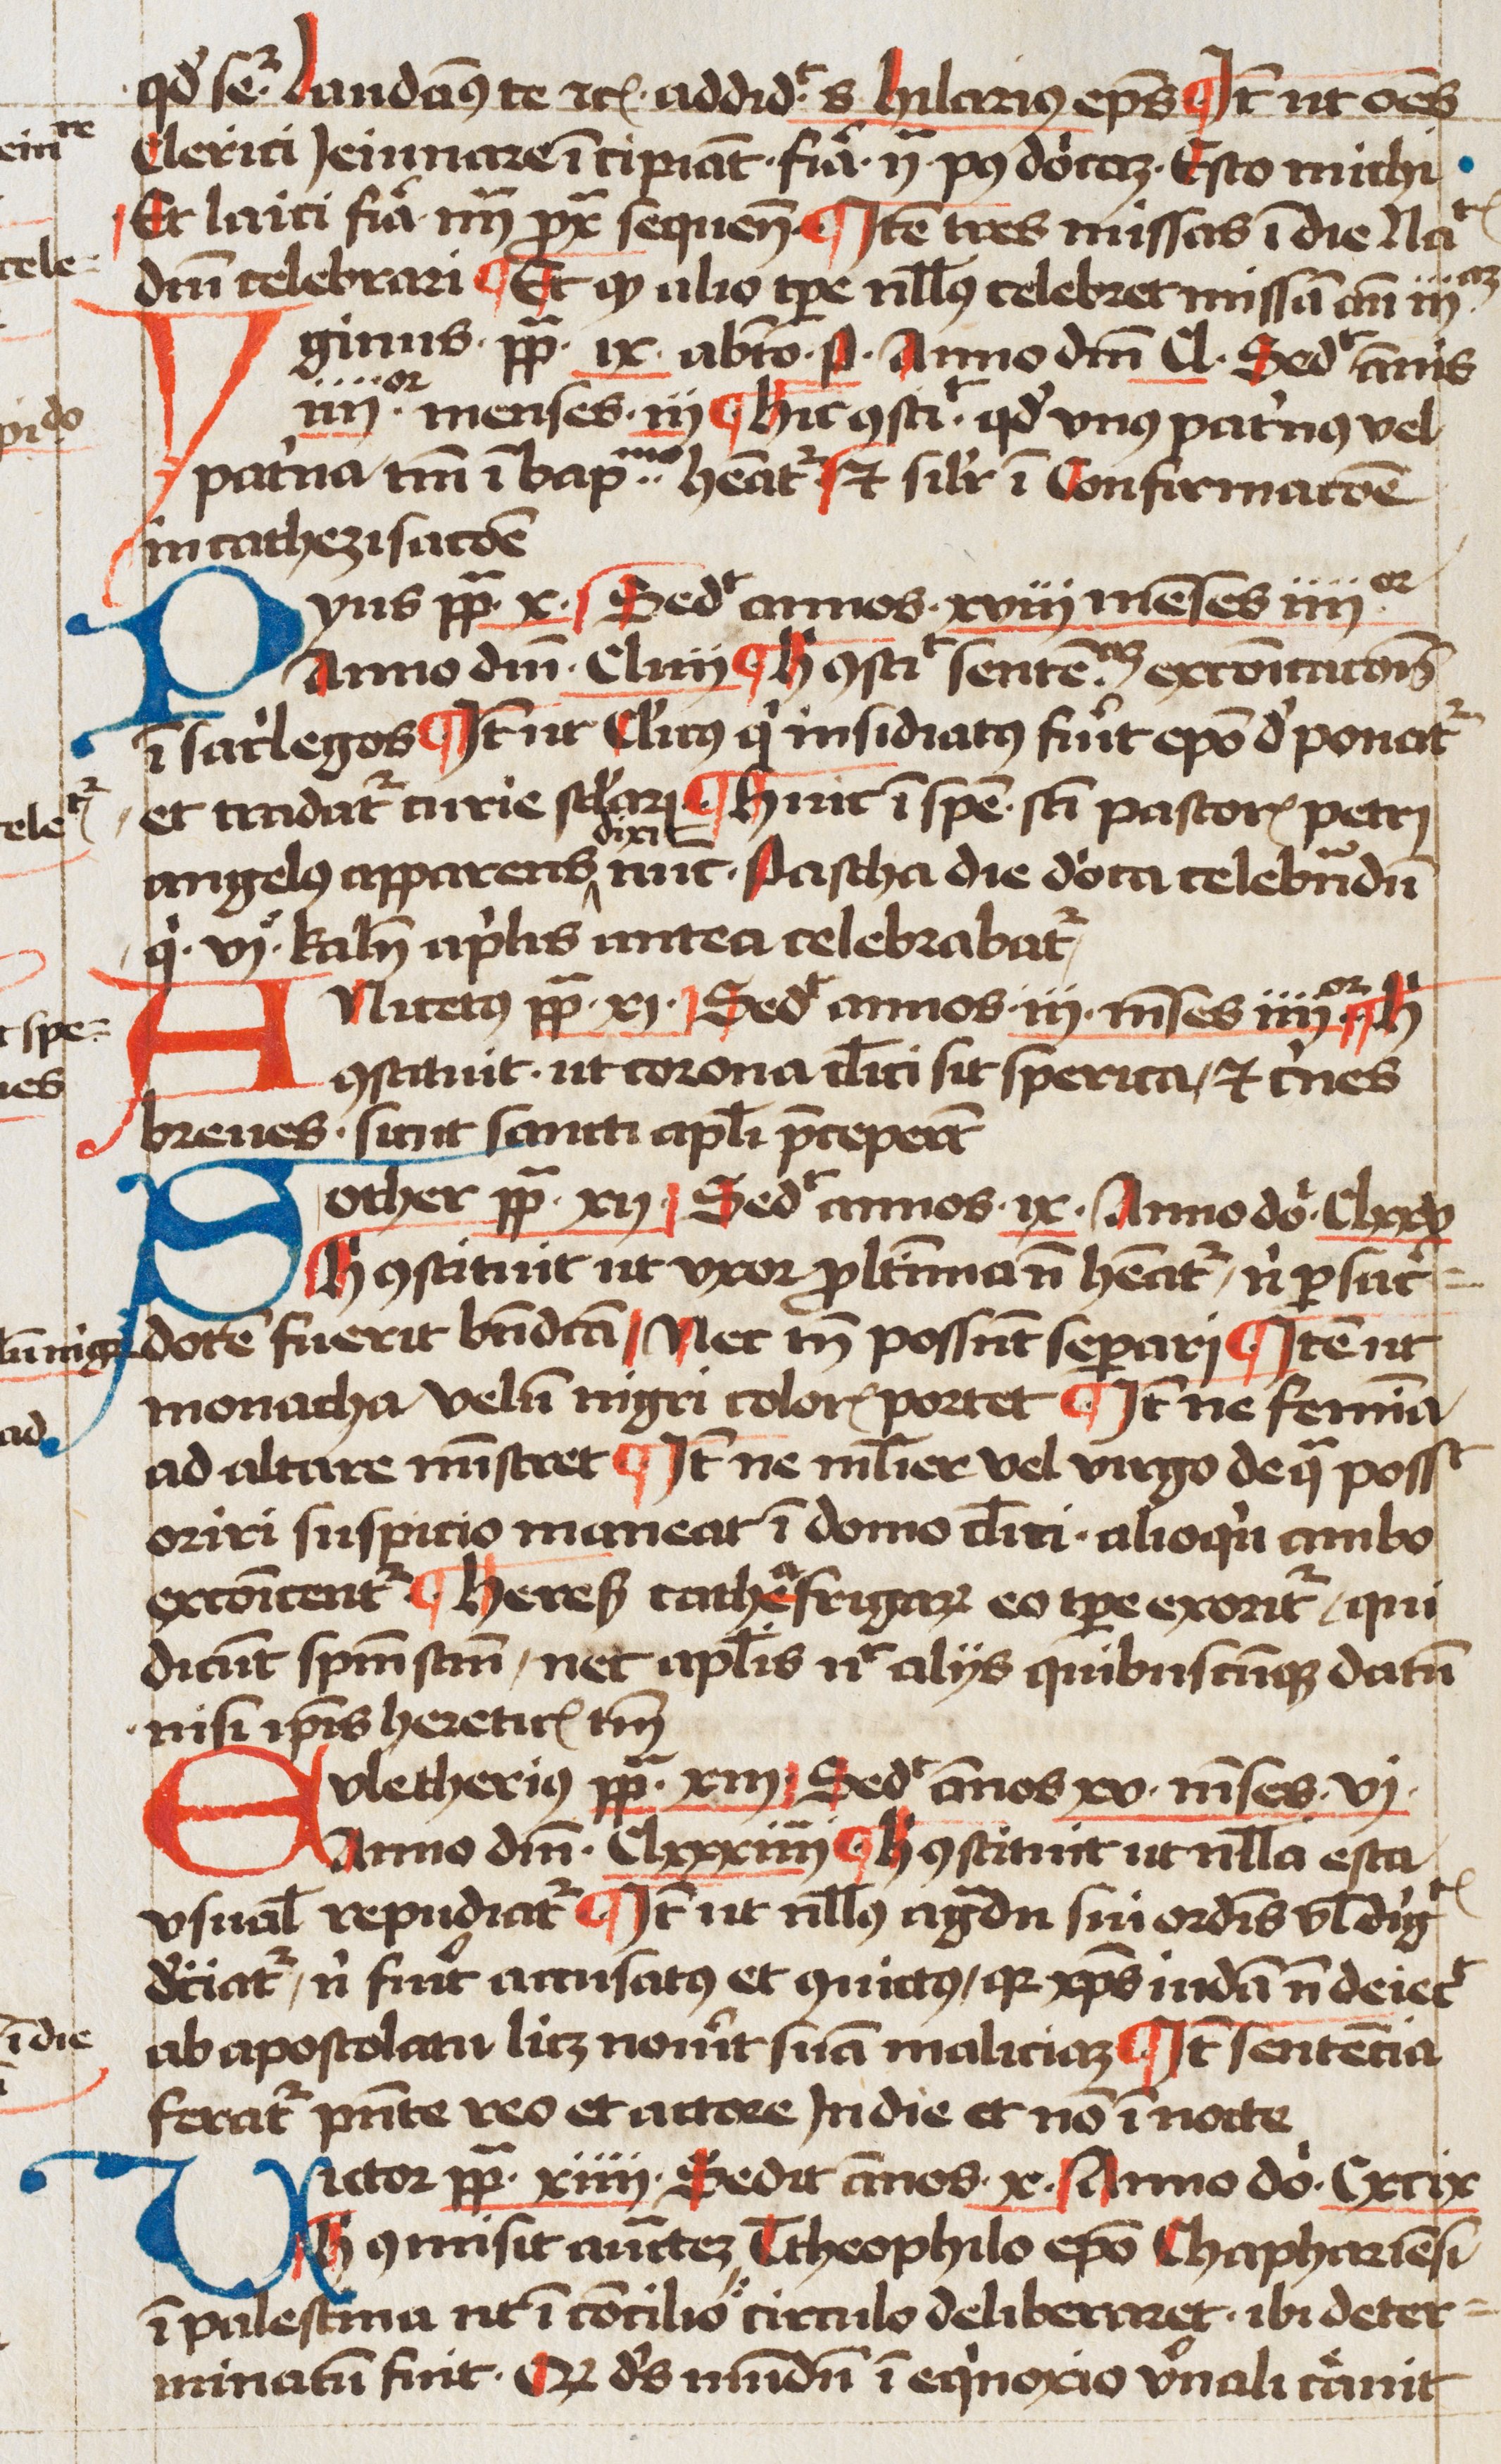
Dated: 1460–1490